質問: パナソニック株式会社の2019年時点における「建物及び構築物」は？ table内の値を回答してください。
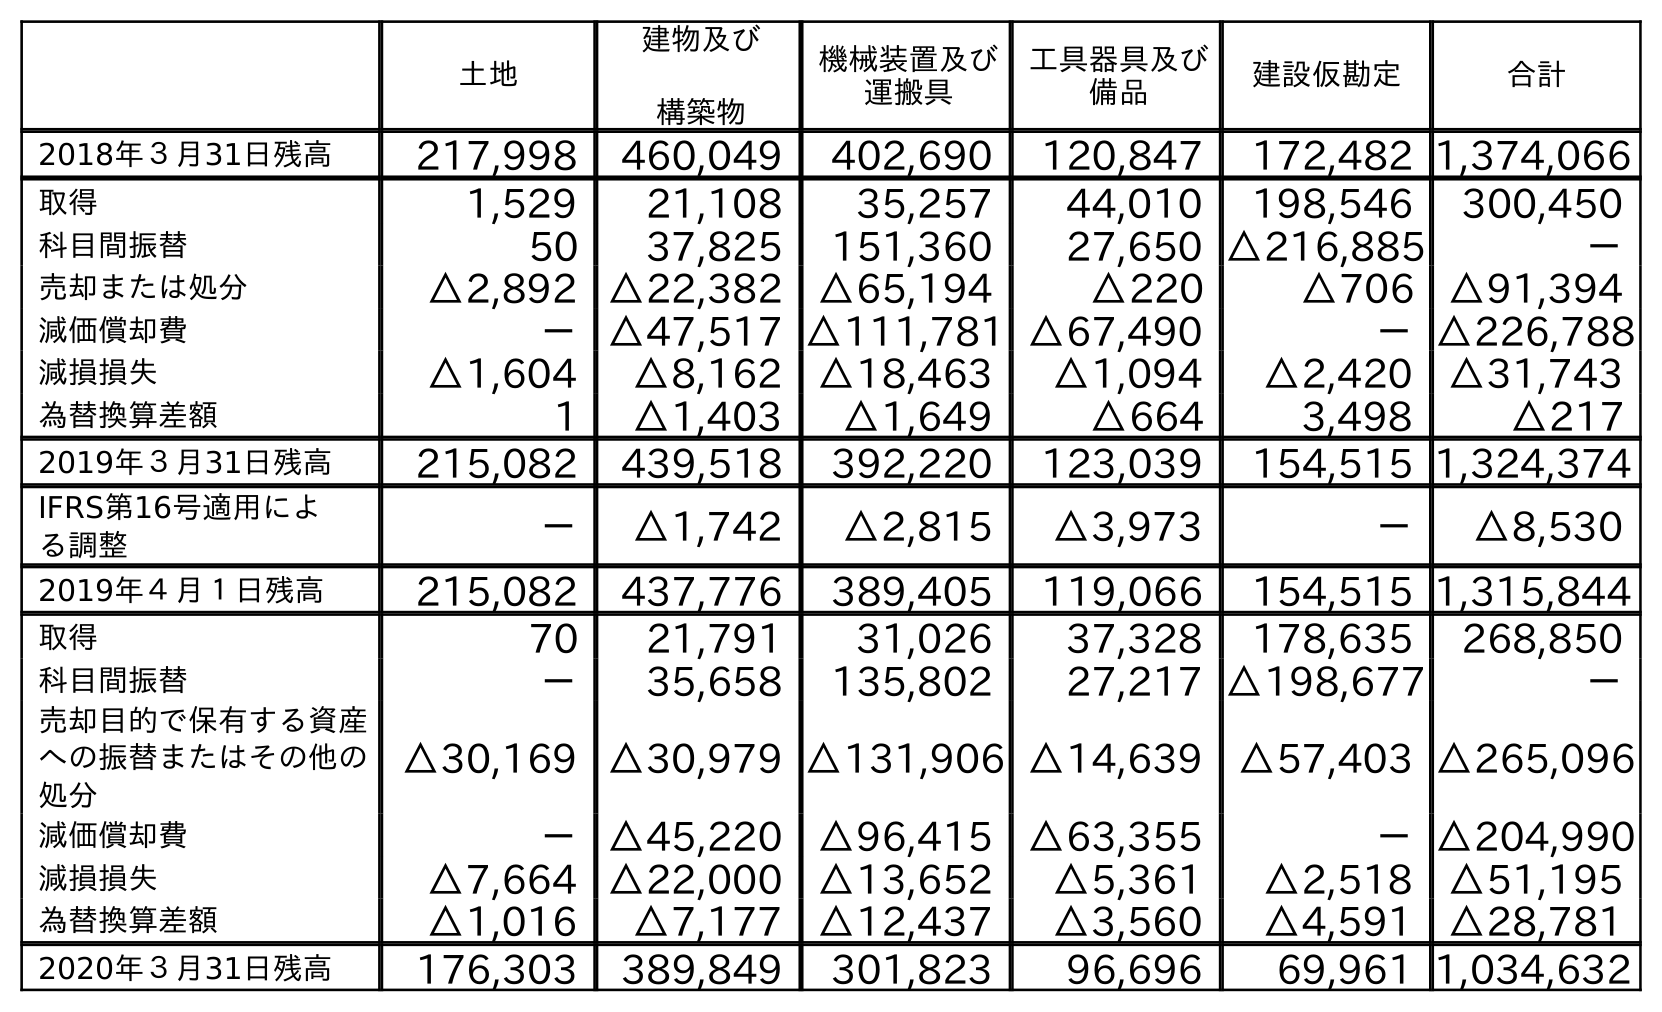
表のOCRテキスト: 土地 建物及び 構築物 機械装置及び 運搬具 工具器具及び 備品 建設仮勘定 合計 2018年３月31日残高 217,998 460,049 402,690 120,847 172,482 1,374,066 取得 1,529 21,108 35,257 44,010 198,546 300,450 科目間振替 50 37,825 151,360 27,650 △216,885 － 売却または処分 △2,892 △22,382 △65,194 △220 △706 △91,394 減価償却費 －△47,517 △111,781 △67,490 －△226,788 減損損失 △1,604 △8,162 △18,463 △1,094 △2,420 △31,743 為替換算差額 1 △1,403 △1,649 △664 3,498 △217 2019年３月31日残高 215,082 439,518 392,220 123,039 154,515 1,324,374 IFRS第16号適用によ る調整 － △1,742 △2,815 △3,973 － △8,530 2019年４月１日残高 215,082 437,776 389,405 119,066 154,515 1,315,844 取得 70 21,791 31,026 37,328 178,635 268,850 科目間振替 － 35,658 135,802 27,217 △198,677 － 売却目的で保有する資産 への振替またはその他の 処分 △30,169 △30,979 △131,906 △14,639 △57,403 △265,096 減価償却費 －△45,220 △96,415 △63,355 －△204,990 減損損失 △7,664 △22,000 △13,652 △5,361 △2,518 △51,195 為替換算差額 △1,016 △7,177 △12,437 △3,560 △4,591 △28,781 2020年３月31日残高 176,303 389,849 301,823 96,696 69,961 1,034,632
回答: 439,518